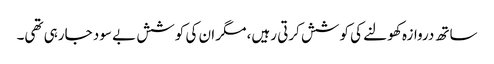
ساتھ دروازہ کھولنے کی کوشش کرتی رہیں، مگر ان کی کوشش بے سود جارہی تھی۔